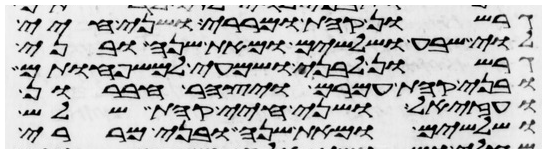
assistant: גרשון קהת ומררי ושני חיי
לוי שבע ושלשים ומאת שנה ובני
גרשון לבני ושמעי למשפחותם
ובני קהת עמרם ויצהר חברון
ועזיאל ושני חיי קהת שלש
ושלשים ומאת שנה ובני מררי